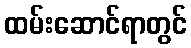
ထမ်းဆောင်ရာတွင်